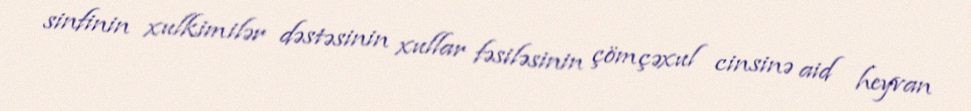
sinfinin xulkimilər dəstəsinin xullar fəsiləsinin çömçəxul cinsinə aid heyvan